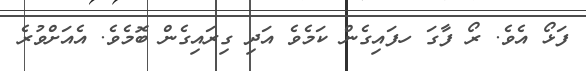
ފަޅޯ އެވެ. ރޯ ފާގަ ހފައިގެން ކަމެވެ އަދި ގިރައިގެން ބޮމެވެ. އެއަށްވުރެ